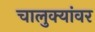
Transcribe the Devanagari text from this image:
चालुक्यांवर